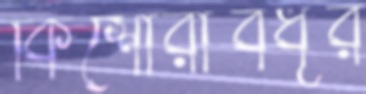
কিশোরীবধূর